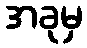
အခုမှ